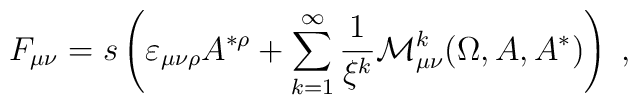
F_{\mu \nu }=s\left( \varepsilon _{\mu \nu \rho }A^{*\rho}+\sum_{k=1}^\infty \frac 1{\xi ^k}\mathcal{M}_{\mu \nu }^k(\Omega,A,A^{*})\right) \;,